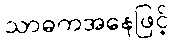
သာဓကအနေဖြင့်